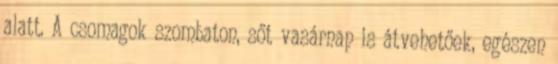
alatt. A csomagok szombaton, sőt vasárnap is átvehetőek, egészen